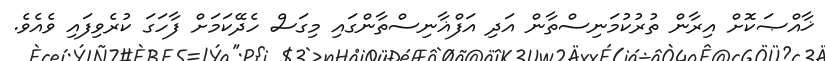
ޚާއްޞަކޮށް އިރާން ތުރުކުމަނިސްތާން އަދި އަފްޣާނިސްތާންގައި މިގަސް ހެދޭކަަމަށް ފާހަގަ ކުރެވިފައި ވެއެވެ.